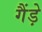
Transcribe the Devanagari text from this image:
गैंड़े